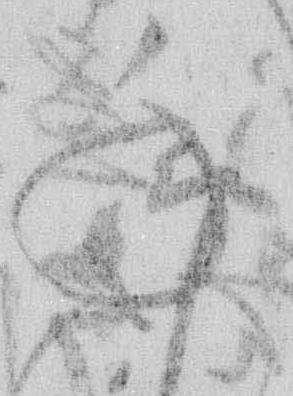
年